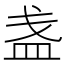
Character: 盏